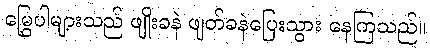
မြွှေပါများသည် ဖျိုးခနဲ ဖျတ်ခနဲပြေးသွား နေကြသည်။